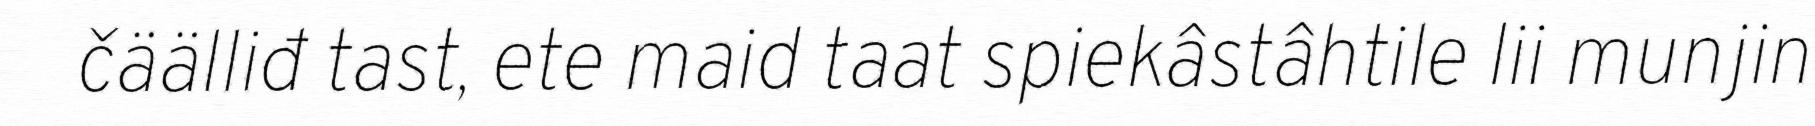
čäälliđ tast, ete maid taat spiekâstâhtile lii munjin